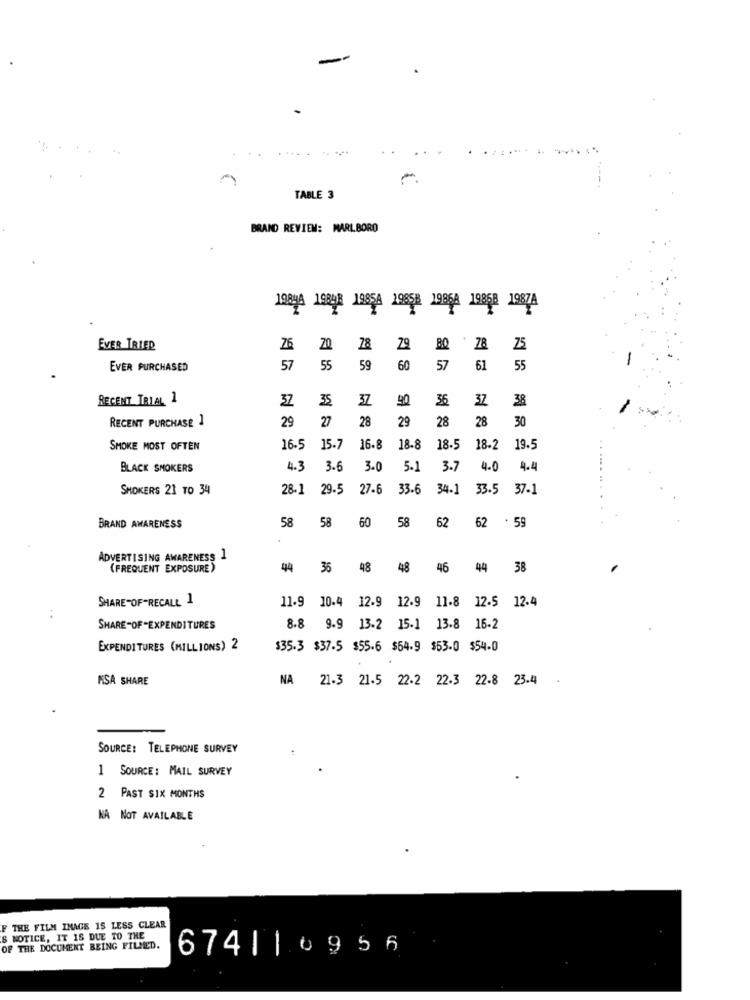
...........
....
TABLE 3
BRAND REVIEW: MARLBORO
पटशहा सर्वेश्डा सर्वछठा चडेडहर घडडडा पनछठ परछठा
EVER TRIED
26 20
78
29
BQ 78 75
EVER PURCHASED
57
55
59
60
57
61
55
RECENT TRIAL 1
37
35
37
90
36
37
38
RECENT PURCHASE 1
29
27
28
29
28
28
30
SMOKE MOST OFTEN
16.5
15.7
16-8
18-8
18.5
18.2 19.5
BLACK SMOKERS
4.3
3.6
3.0
5.1
3.7
4.0 4.4
SMOKERS 21 TO 34
28-1
29.5
27-6
33.6
34.1
33.5 37-1
58
60
BRAND AWARENESS
58
58
62
62 .59
ADVERTISING AWARENESS 1
(FREQUENT EXPOSURE)
44
35
48 48 46 44 38
SHARE-OF-RECALL 1
11.9 10.4 12.9 12.9 11-8 12.5 12.4
..
SHARE-OF-EXPENDITURES
8.8 9.9 13.2 15-1 13.8 16-2
EXPENDITURES (MILLIONS) 2
$35.3 $37-5 $55-6 $54-9 $53.0 $54.0
ASA SHARE
NA 21-3 21-5 22.2 22.3 22-8 23.4
SOURCE: TELEPHONE SURVEY
1 SOURCE: MAIL SURVEY
2 PAST SIX MONTHS
NA NOT AVAILABLE
F THE FILM INAGE IS LESS CLEAR
S NOTICE, IT IS DUE TO THE
OF THE DOCUMENT BEING FILMED.
674||0956